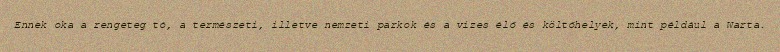
Ennek oka a rengeteg tó, a természeti, illetve nemzeti parkok és a vizes élő és költőhelyek, mint például a Warta.